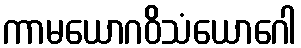
ကာမယောဂဝိသံယောဂေါ